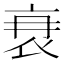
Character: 𮕫